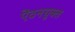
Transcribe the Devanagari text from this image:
ऐंठनयुक्त